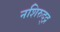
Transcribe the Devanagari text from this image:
नशिरुद्द्न